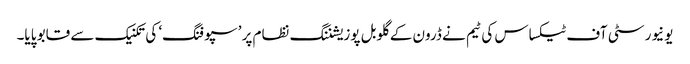
یونیورسٹی آف ٹیکساس کی ٹیم نے ڈرون کے گلوبل پوزیشننگ نظام پر ’سپوفنگ‘ کی تکنیک سے قابو پایا۔